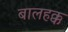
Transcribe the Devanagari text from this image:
बालहक्क